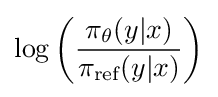
\log \left({\frac {\pi _{\theta }(y|x)}{\pi _{\text{ref}}(y|x)}}\right)